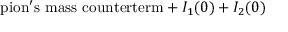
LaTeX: \mathrm { p i o n ^ { \prime } s ~ m a s s ~ c o u n t e r t e r m } + I _ { 1 } ( 0 ) + I _ { 2 } ( 0 )